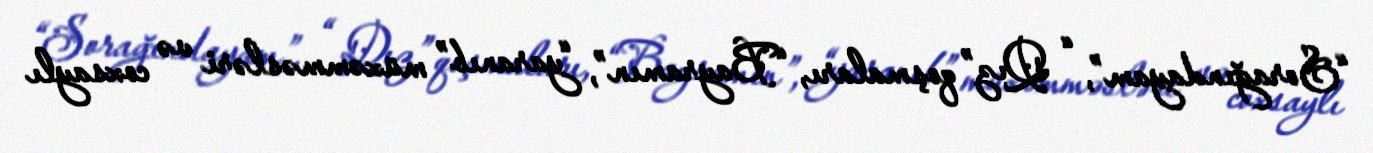
“Sorağındayam”, “ Qız” qoşmaları, “Bayramın”, “yaranıb” müxəmməsləri və coxsaylı